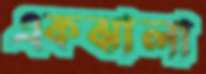
একঝালা